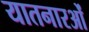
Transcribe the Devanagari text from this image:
यातनारओं